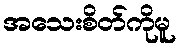
အသေးစိတ်ကိုမူ